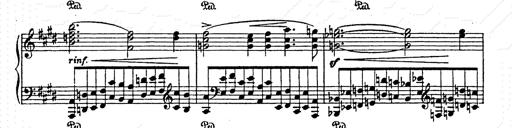
Title: AnnÃ©es de pÃ¨lerinage II
Composer: Franz Liszt